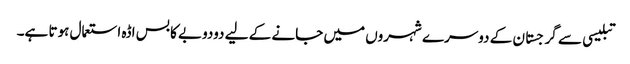
تبلیسی سے گرجستان کے دوسرے شہروں میں جانے کے لیے دودوبے کا بس اڈہ استعمال ہوتا ہے۔